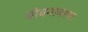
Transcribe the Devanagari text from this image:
योवनावस्था